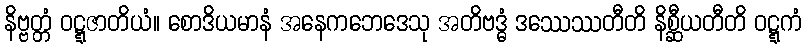
နိဗ္ဗတ္တံ ဝဋ္ဋဇာတိယံ။ စောဒိယမာနံ အနေကဘေဒေသု အတိဗဒ္ဓံ ဒဿေဿတီတိ နိစ္ဆီယတီတိ ဝဋ္ဋကံ